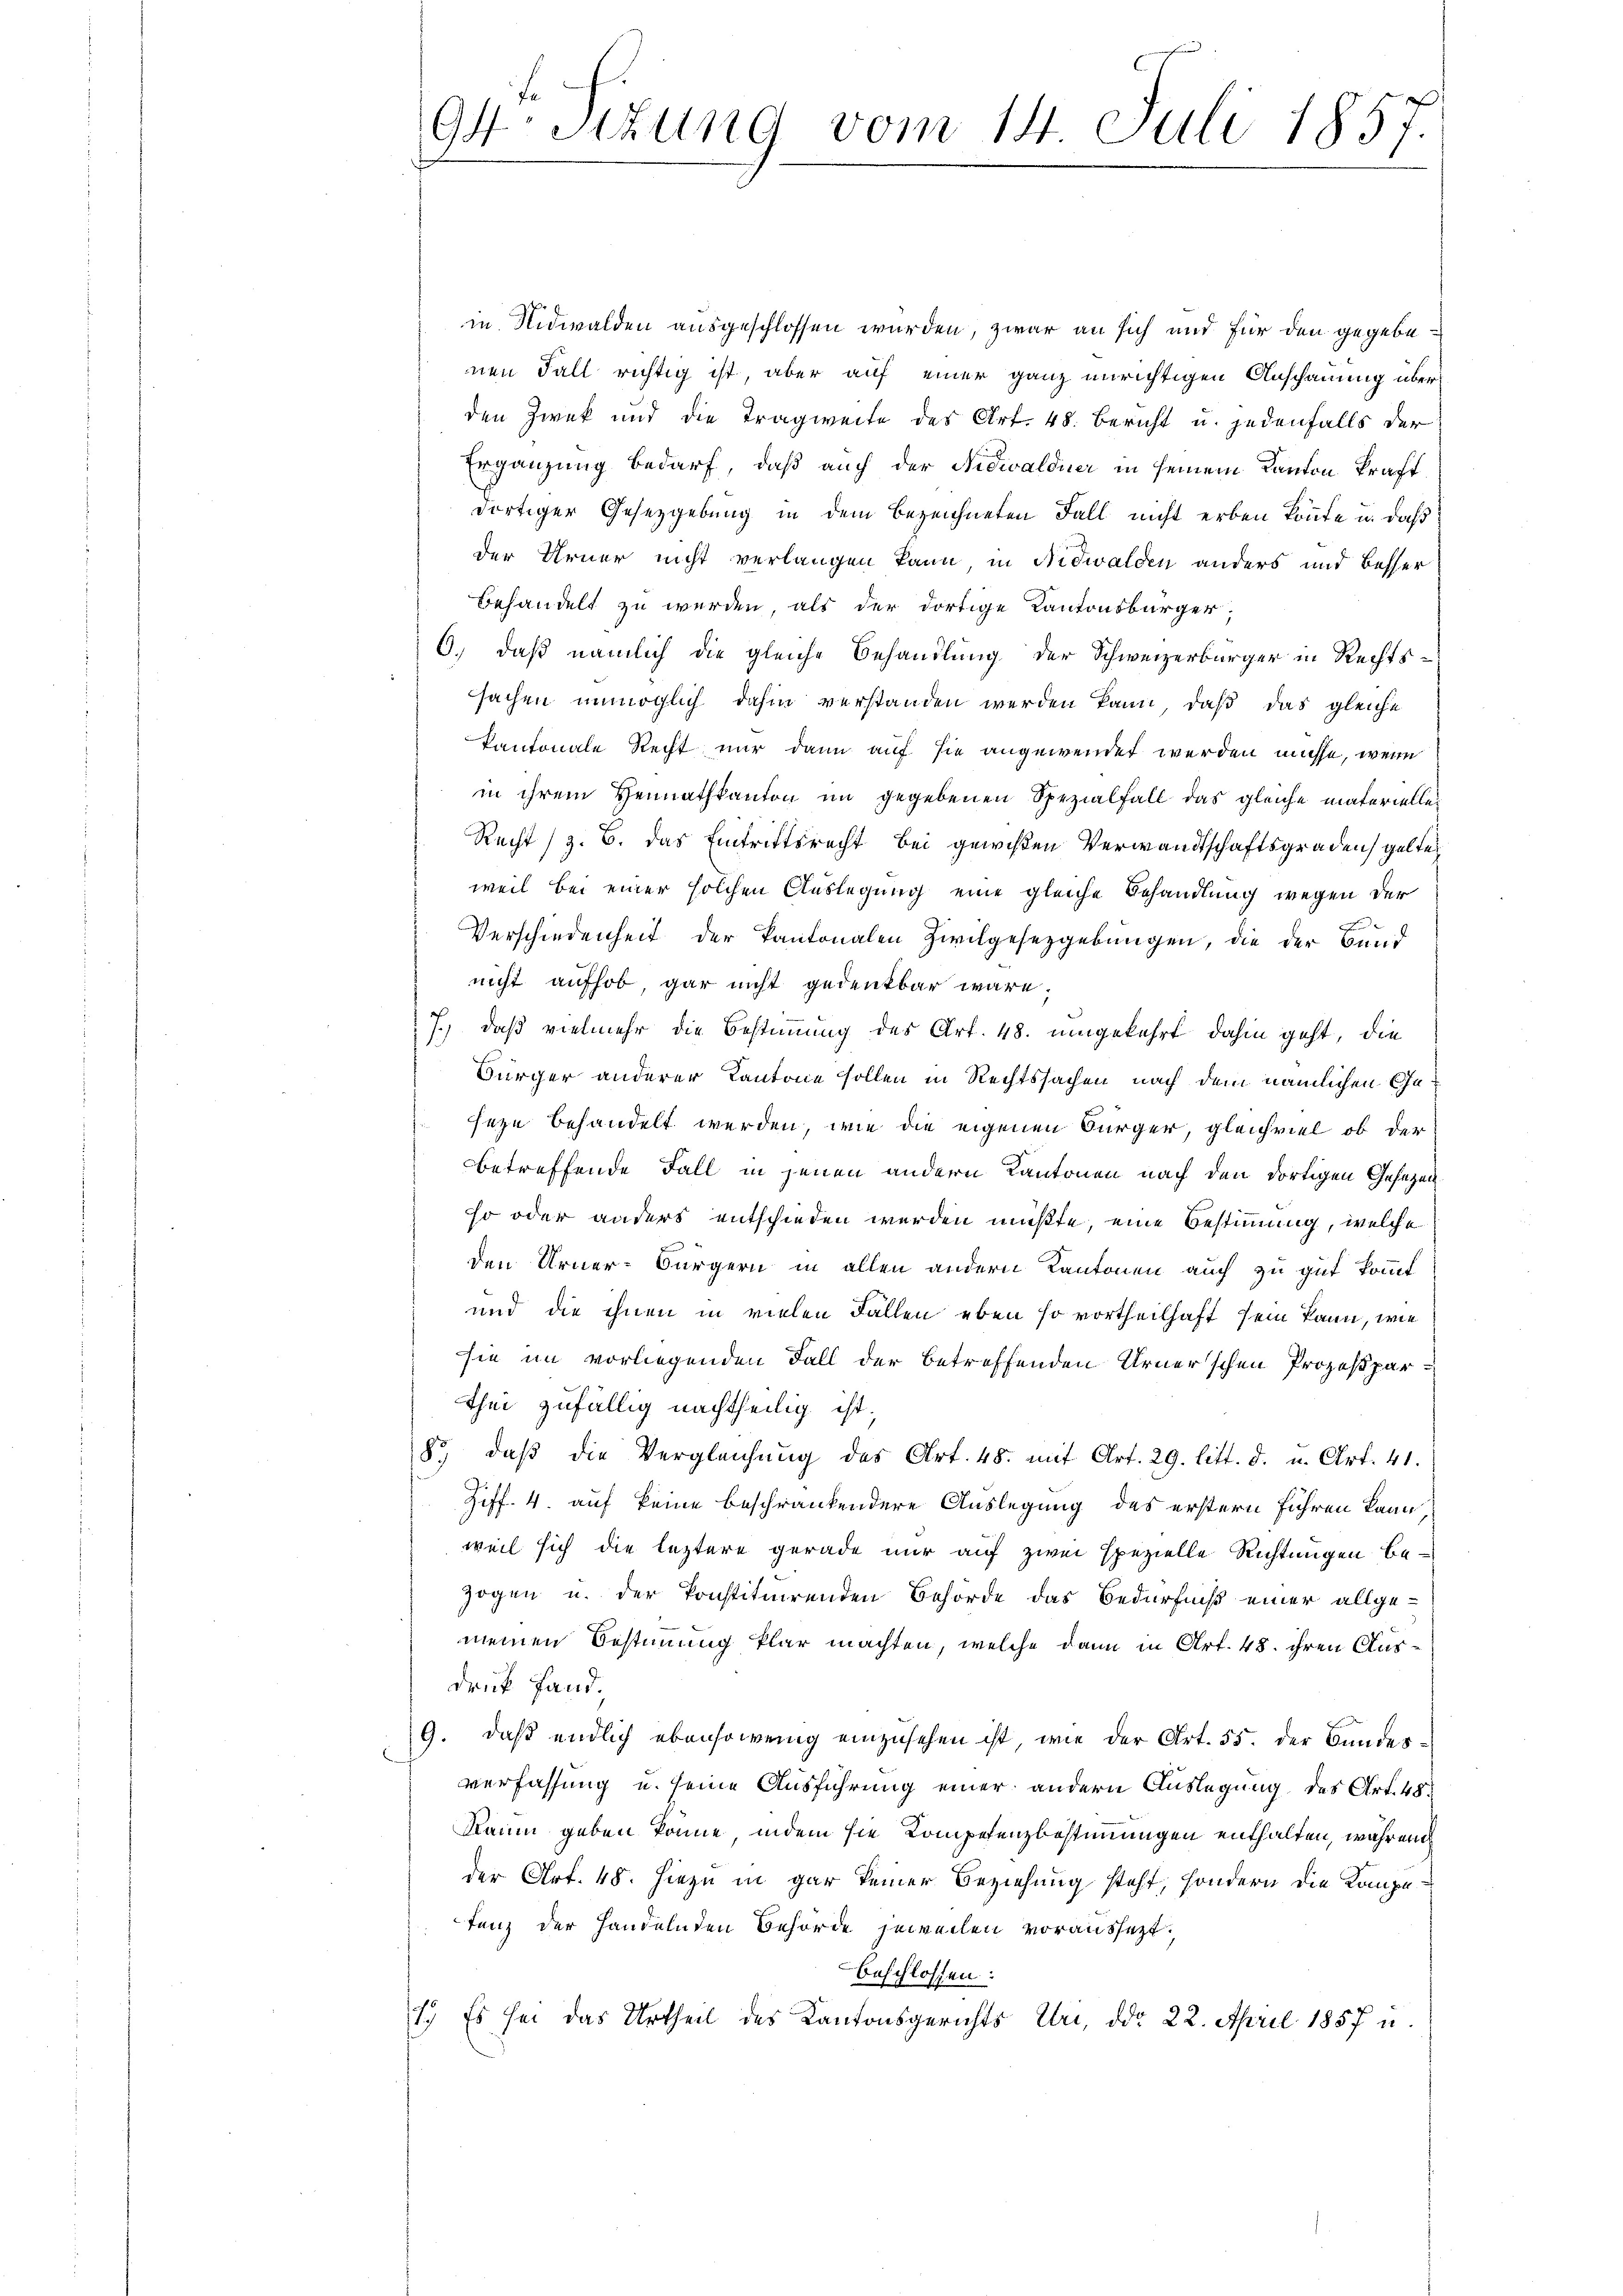
94. Sitzung vom 14. Juli 1857.

in Nidwalden ausgeschlossen wurden, zwar an sich und für den gegebenen Fall richtig ist, aber auf einer ganz unrichtigen Anschauung über
den Zweck und die Tragweite des Art. 48. Bericht u. jedenfalls der
Ergänzung bedarf, daß auch der Nidwaldner in seinem Kanton Kraft
dortiger Gesetzgebung in dem bezeichneten Fall nicht erben könnte u. daß
der Urner nicht verlangen kann, in Nidwalden anders und besser
behandelt zu werden, als der dortige Kantonsbürger,
6., daß nämlich die gleiche Behandlung der Schweizerbürger in Rechtssachen unmöglich dahin verstanden werden kann, daß das gleiche
kantonale Recht nur dann auf sie angewendet werden müsse, wenn
in ihrem Heimathkanton im gegebenen Spezialfall das gleiche materielle
Recht (z. B. das Eintrittsrecht bei gewißen Verwandtschaftsgraden gelte
weil bei einer solchen Auslegung eine gleiche Behandlung wegen der
Verschiedenheit der Kantonalen Zivilgesetzgebungen, die der Bund
nicht aufhob, gar nicht gedenkbar wäre.
7.) daß vielmehr die Bestimmung des Art. 48. umgekehrt dahin geht, die
Bürger anderer Kantone sollen in Rechtssachen nach dem nämlichen Geseze behandelt werden, wie die eigenen Bürger, gleichviel ob der
betreffende Fall in jenen andern Kantonen nach den dortigen Gesetzen
so oder anders entschieden werden müßte, eine Bestimmung, welche
den Urner-Bürgern in allen andern Kantonen auch zu gut kommt
und die ihnen in vielen Fällen eben so vortheilhaft sein kann, wie
sie im vorliegenden Fall der betreffenden Urner’schen Prozeßparthei zufällig nachtheilig ist.
8o daβ die Vergleichŭng des Art. 48. mit Art. 29. litt. d. u. Art. 41.
Ziff. 4. auf keine beschränkendere Auslegung des erstern führen kann
weil sich die leztere gerade nur auf zwei spezielle Richtungen bezogen u. der konstituirenden Behörde das Bedürfniß einer allge-
meinen Bestimmung klar machten, welche dann in Art. 45. ihren Ausdruck fand.
9. daß endlich ebensowenig einzusehen ist, wie der Art. 55. Der Bundesverfassung u. seine Ausführung einer andern Auslegung des Art. 48
Raum geben könne, indem sie Kompetenzbestimmigen enthalten, während
der Art. 48. Hiezu in gar keiner Beziehung steht, sondern die Kompetenz der Handelnden Behörde jeweilen voraussezt.
beschlossen:
1.) Es sei das Urtheil des Kantonsgerichts Uri, ddo 22. April 1857 u